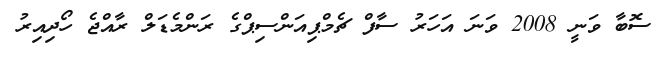
ސޮބާ ވަނީ 2008 ވަނަ އަހަރު ސާފް ޗެމްޕިއަންސިޕްގެ ރަންމެޑަލް ރާއްޖެ ހޯދިއިރު